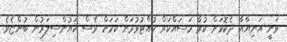
ވަނީ އަނިޔާއާ ދެކޮޅަށް ކުރާ މަސައްކަރް ހުއްޓުވުމަށް ކަމަށް ވެސް ކައުންސިލަރުން ބުންޏެވެ.